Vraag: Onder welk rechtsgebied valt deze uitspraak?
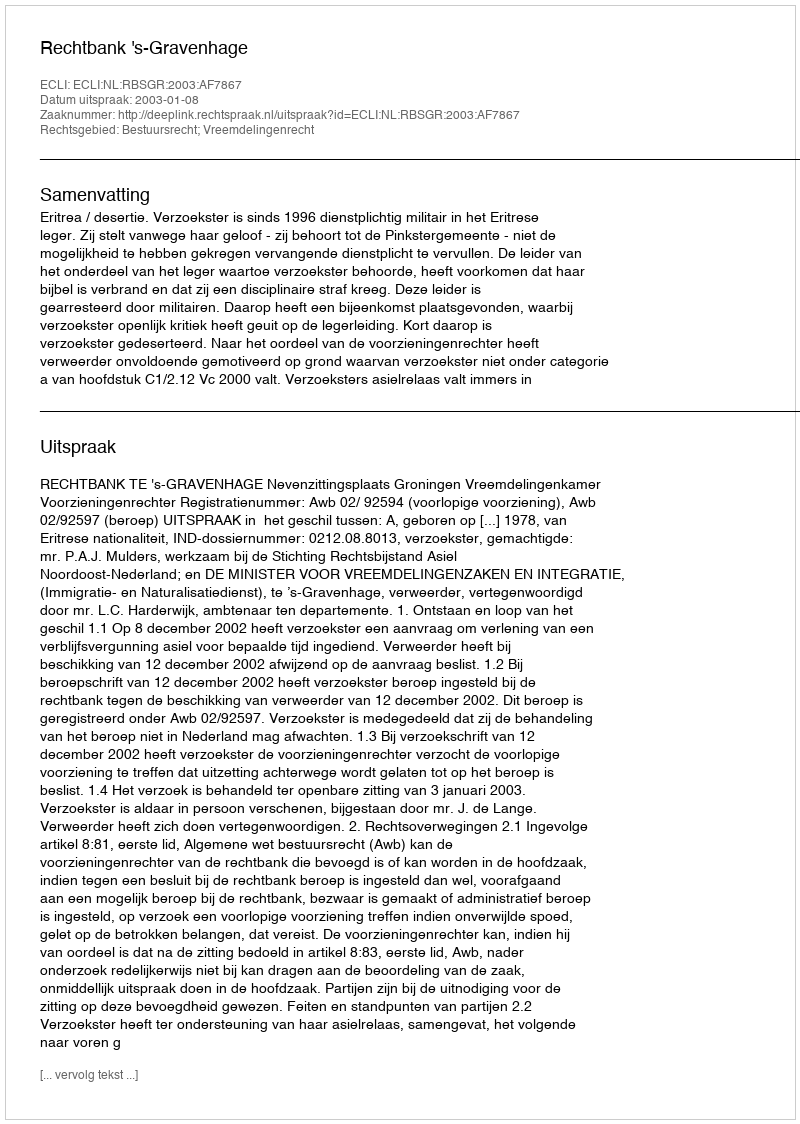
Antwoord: Bestuursrecht; Vreemdelingenrecht